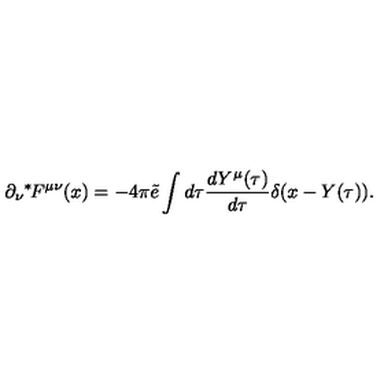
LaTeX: \partial _ { \nu } { } ^ { * } \! F ^ { \mu \nu } ( x ) = - 4 \pi \tilde { e } \int d \tau \frac { d Y ^ { \mu } ( \tau ) } { d \tau } \delta ( x - Y ( \tau ) ) .